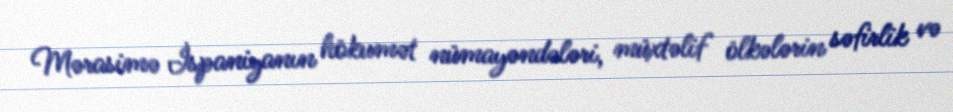
Mərasimə İspaniyanın hökumət nümayəndələri, müxtəlif ölkələrin səfirlik və